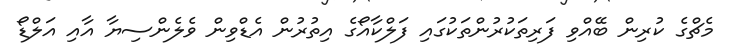
މެޗްގެ ކުރިން ބޭއްވި ފަރިތަކުރުންތަކުގައި ފަލްކާއޯގެ އިތުރުން އެޑްވިން ވެލެންސިޔާ އާއި އަލްޑޯ